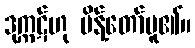
ဒုက္ကဋ်ဟု မိန့်တော်မူ၏။